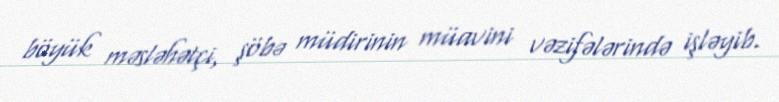
böyük məsləhətçi, şöbə müdirinin müavini vəzifələrində işləyib.